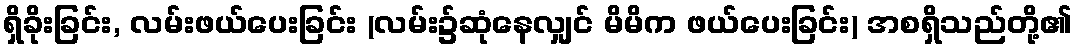
ရှိခိုးခြင်း, လမ်းဖယ်ပေးခြင်း (လမ်း၌ဆုံနေလျှင် မိမိက ဖယ်ပေးခြင်း) အစရှိသည်တို့၏